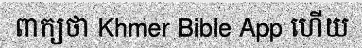
ពាក្យថា Khmer Bible App ហើយ